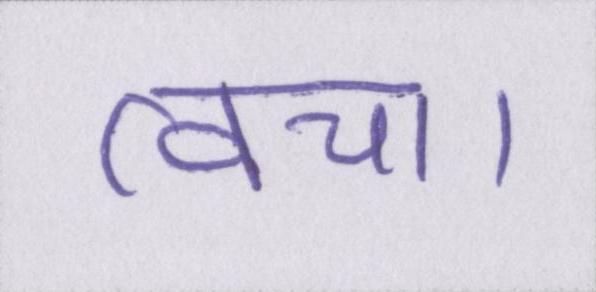
त्वचा